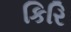
કિરિ